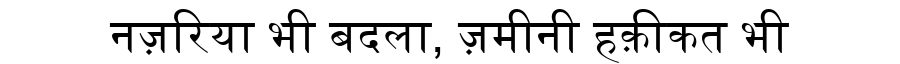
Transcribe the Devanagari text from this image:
नज़रिया भी बदला, ज़मीनी हक़ीकत भी